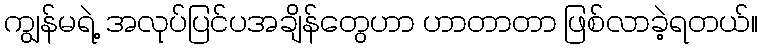
ကျွန်မရဲ့ အလုပ်ပြင်ပအချိန်တွေဟာ ဟာတာတာ ဖြစ်လာခဲ့ရတယ်။